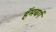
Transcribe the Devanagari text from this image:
हॅमबर्ग